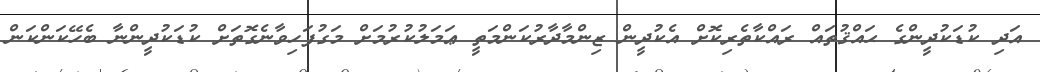
އަދި ކުޑަކުދީންގެ ޙައްޤުތައް ރައްކާތެރިކޮށް އެކުދީން ޒިންމާދާރުކަންމަތީ ޢަމަލުކުރުމަށް މަގުފަހިވާނެގޮތަށް ކުޑަކުދީންނާ ބެހޭކަންކަން